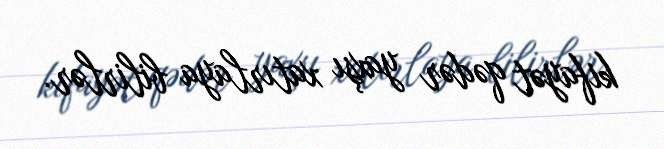
kifayət qədər yaxşı xatırlaya bilirlər.